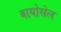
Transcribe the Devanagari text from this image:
बायोसेल